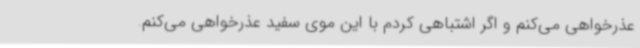
عذرخواهی می‌کنم و اگر اشتباهی کردم با این موی سفید عذرخواهی می‌کنم.